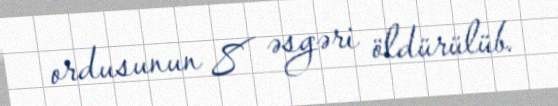
ordusunun 8 əsgəri öldürülüb.